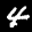
Label: 4